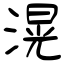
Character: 滉